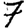
Digit: 7